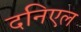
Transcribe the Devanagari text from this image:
दनिएल